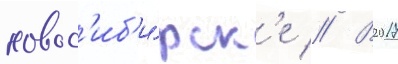
новос'иб'и́рск'е // В 2017